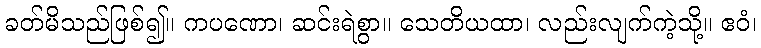
ခတ်မိသည်ဖြစ်၍။ ကပဏော၊ ဆင်းရဲစွာ။ သေတိယထာ၊ လည်းလျက်ကဲ့သို့။ ဧဝံ၊